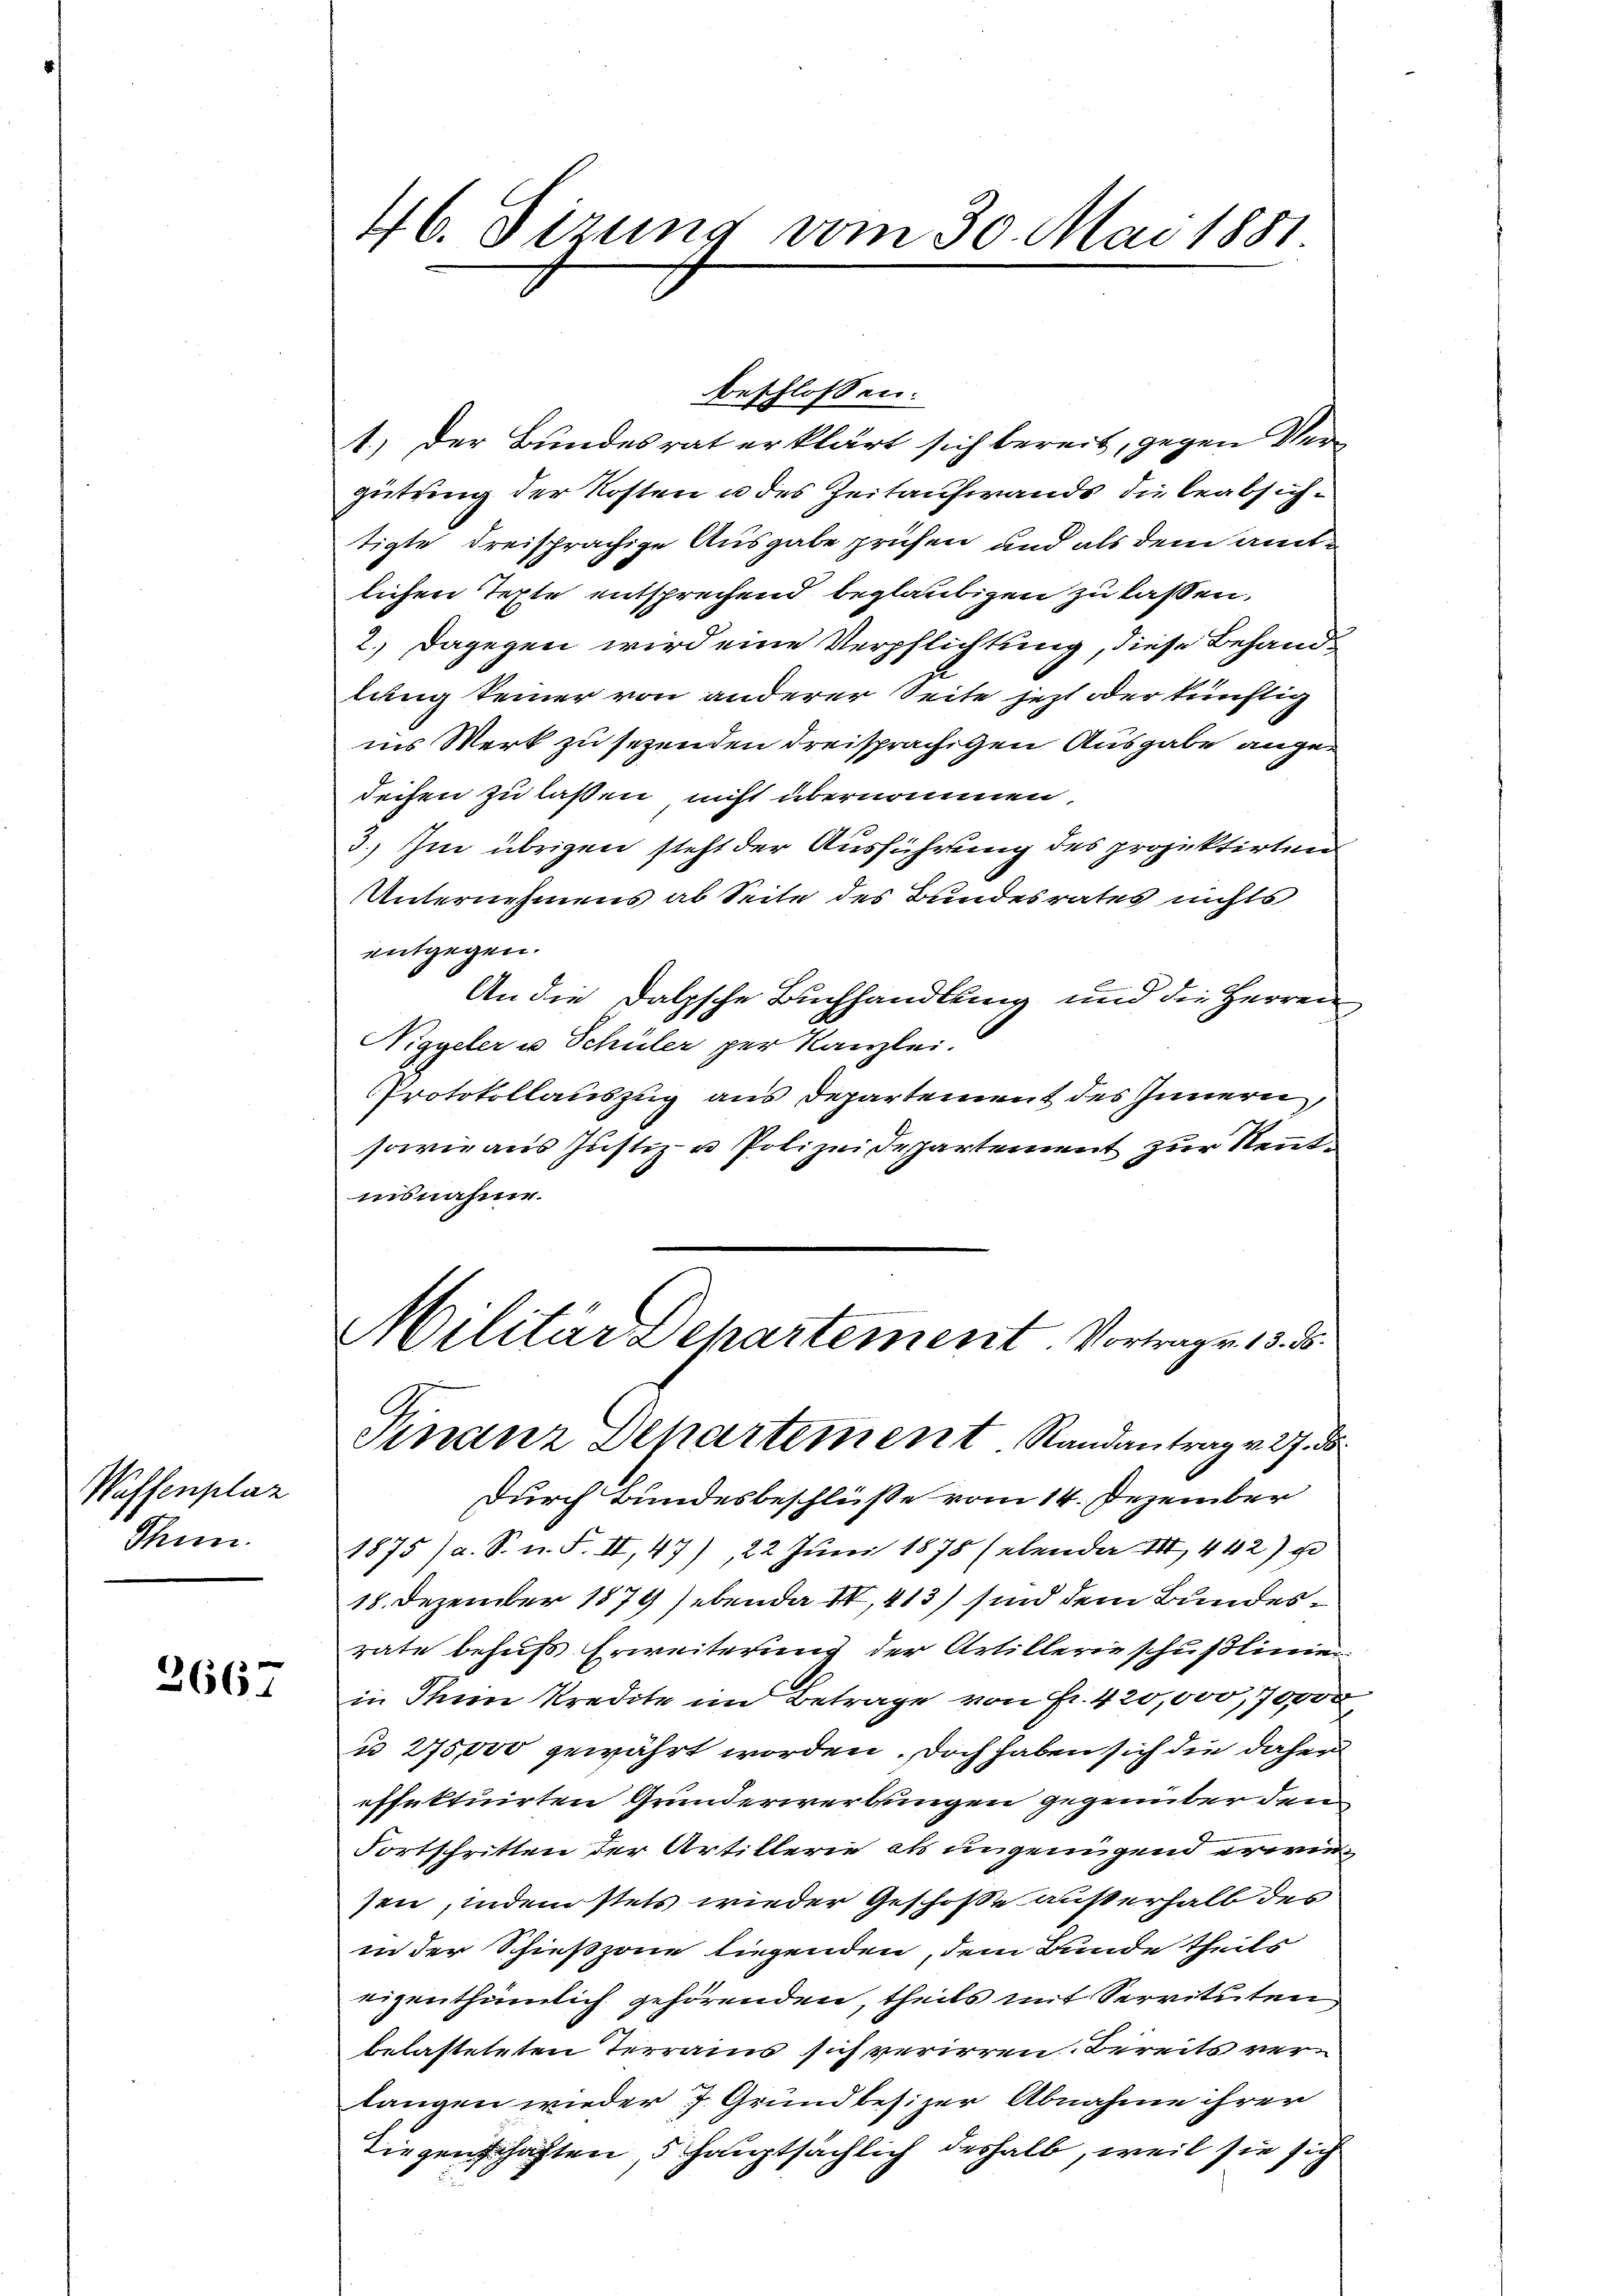
Waffenplaz
Thun.

2667

46. Sizung vom 30. Mai 1881

1.) Der Bundesrat erklärt sich bereit, gegen Vergütring der Kosten u des Zeitaufwands die beabsichtigte dreisprächige Ausgabe prüfen und als dem amtlichen Texte entsprechend beglaubigen zu lassen.
2.) Dagegen wird eine Verpflichtung, diese Behandlung keiner von anderer Seite jetzt oder künftig
ins Werk zu sezenden dreisprächigen Ausgabe angedeisen zu laßen nicht übernommen,
3.) Im übrigen steht der Ausführung des projektirten
Unternehmens ab Seite des Bundesrates nichts
entgegen.
An die Dalpsche Buchhandlung und die Herren
Niggeler u Schüler per Kanzlei.
Protokollauszug aus Departement des Innern,
sowie aus Justiz- u Polizeidepartement zur Rentinsnahme.
Militär Departement Vortrages 13. 5.
C
Finanz Departement Randantrag v. 27. ds
Durch Bundesbeschlüsse vom 14. Dezember
1875 (a. S. n. F. II, 47), 22 Juni 1878 (ebende III 442) u
18. Dezember 1879 hebenda II,413) sind dem Bundesrate behufs Erweiterung der Artillerie schußlinien
in Ihnen Kredite und Betrage von Fr. 420,000,70000
u 275,000 gewährt worden. Doch haben sich die daher
effektuirten Grunderwerbungen gegenüber den
Fortschritten der Artillerie als ungenügend erwiesen, indem stets wieder Geschoße außerhalb des
in der Schießzone liegenden, dem Bunde theils
eigenthümlich gehörenden, theils mit Servituten
belasteteten Terrains sich verirren Bereits verlangen wieder 7 Grundbesizer Abnahme ihren
Liegenschaften, 5 hauptsächlich deshalb, weil sie sich

beschlossen: